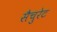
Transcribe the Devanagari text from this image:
सैचुरेट